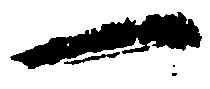
一